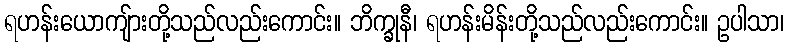
ရဟန်းယောကျ်ားတို့သည်လည်းကောင်း။ ဘိက္ခုနီ၊ ရဟန်းမိန်းတို့သည်လည်းကောင်း။ ဥပါသာ၊